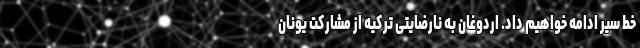
خط سیر ادامه خواهیم داد. اردوغان به نارضایتی ترکیه از مشارکت یونان